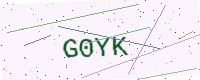
Text: G0YK